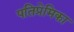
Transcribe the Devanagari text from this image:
पतिप्रेमिका